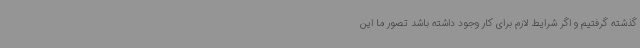
گذشته گرفتیم و اگر شرایط لازم برای کار وجود داشته باشد تصور ما این